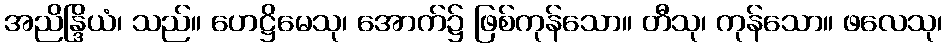
အညိန္ဒြိယံ၊ သည်။ ဟေဋ္ဌိမေသု၊ အောက်၌ ဖြစ်ကုန်သော။ တီသု၊ ကုန်သော။ ဖလေသု၊